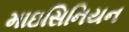
માઇસિનિયન